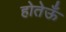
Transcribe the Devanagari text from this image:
होतेऊँ